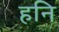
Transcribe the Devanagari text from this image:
हनि